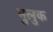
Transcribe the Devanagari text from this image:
मुलुक